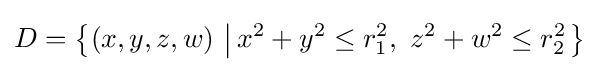
D=\left\{(x,y,z,w)\,\left|\,x^{2}+y^{2}\leq r_{1}^{2},\ z^{2}+w^{2}\leq r_{2}^{2}\right.\right\}